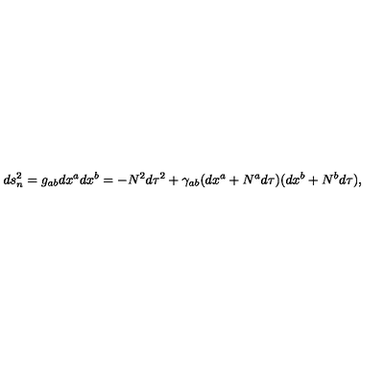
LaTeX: d s _ { n } ^ { 2 } = g _ { a b } d x ^ { a } d x ^ { b } = - N ^ { 2 } d \tau ^ { 2 } + \gamma _ { a b } ( d x ^ { a } + N ^ { a } d \tau ) ( d x ^ { b } + N ^ { b } d \tau ) ,